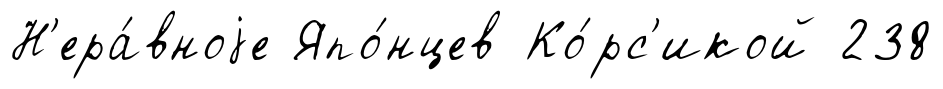
Н'ера́вноjе Япо́нцев Ко́рс'икой 238